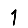
Digit: 1